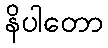
နိပါတော